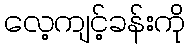
လေ့ကျင့်ခန်းကို